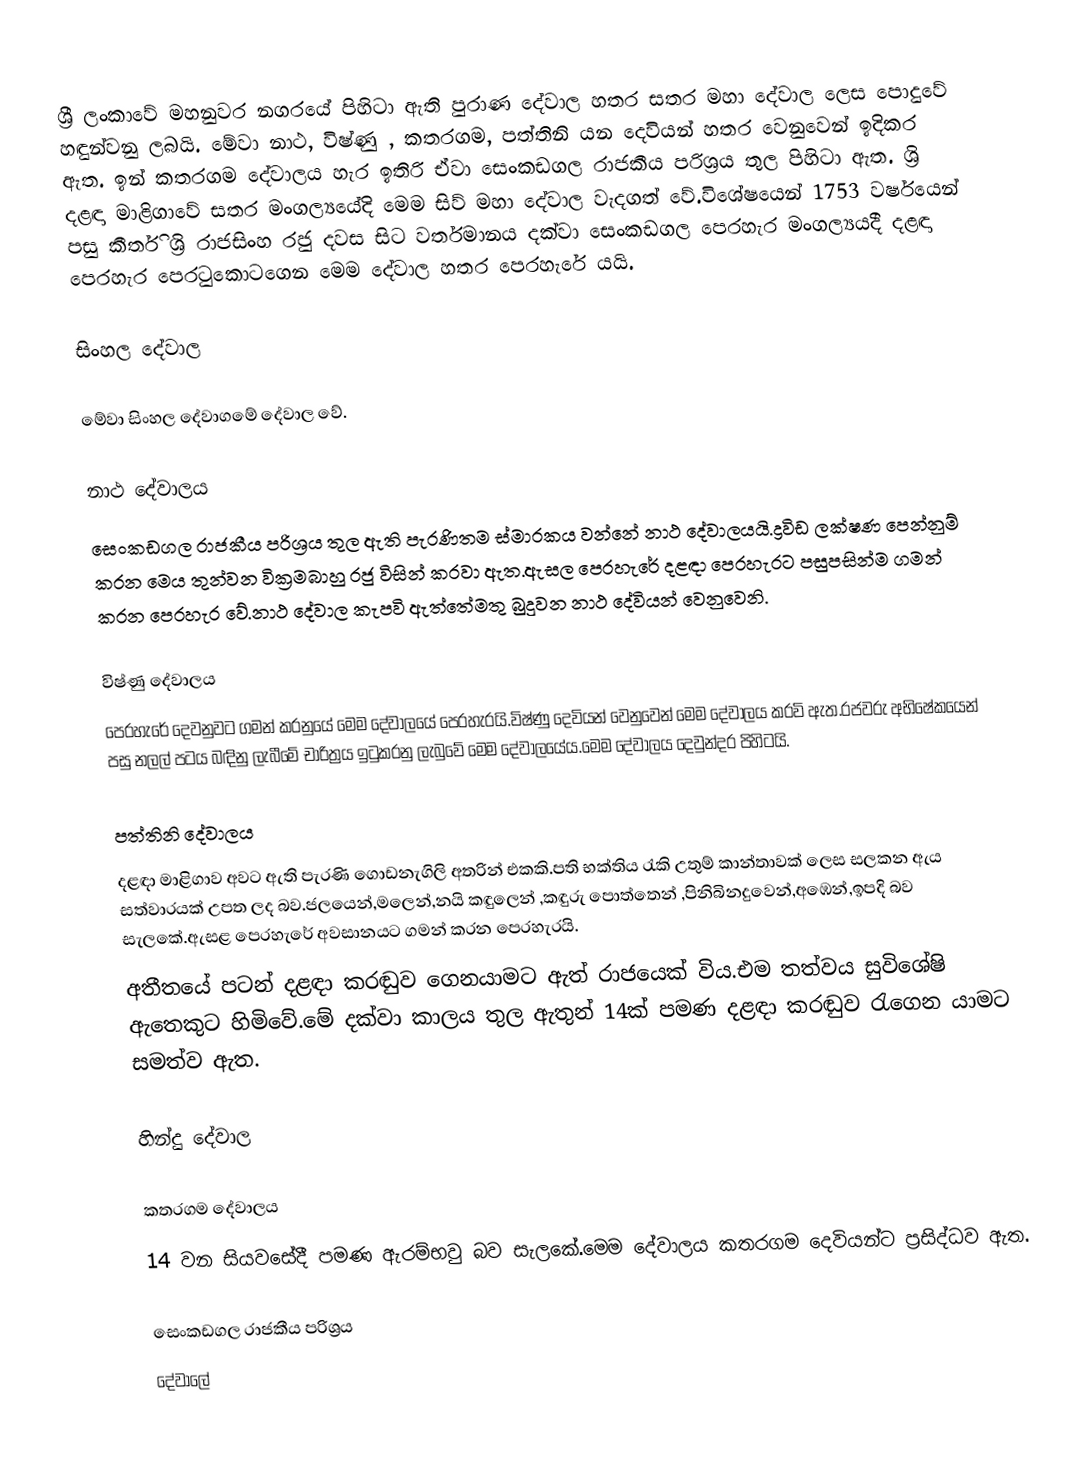
ශ්‍රී ලංකාවේ මහනුවර නගරයේ පිහිටා ඇති පුරාණ දේවාල හතර සතර මහා දේවාල ලෙස පොදුවේ හඳුන්වනු ලබයි. මේවා නාථ,  විෂ්ණු , කතරගම, පත්තිනි යන දෙවියන් හතර වෙනුවෙන් ඉදිකර ඇත. ඉන් කතරගම දේවාලය හැර ඉතිරි ඒවා සෙංකඩගල රාජකීය පරිශ්‍රය තුල පිහිටා ඇත.  ශ්‍රි දළඳා මාළිගාවේ සතර මංගල්‍යයේදි මෙම සිව් මහා දේවාල වැදගත් වේ.විශේෂයෙන් 1753 වර්ෂයෙන් පසු කීර්ති ශ්‍රි රාජසිංහ රජු දවස සිට වර්තමානය  දක්වා සෙංකඩගල පෙරහැර මංගල්‍යයදී දළඳා   පෙරහැර පෙරටුකොටගෙන මෙම දේවාල හතර පෙරහැරේ යයි.

සිංහල දේවාල

මේවා සිංහල දේවාගමේ දේවාල වේ.

නාථ දේවාලය
සෙංකඩගල රාජකීය පරිශ්‍රය තුල ඇති පැරණිතම ස්මාරකය වන්නේ නාථ දේවාලයයි.ද්‍රවිඩ ලක්ෂණ පෙන්නුම් කරන මෙය තුන්වන වික්‍රමබාහු රජු විසින් කරවා ඇත.ඇසල පෙරහැරේ  දළඳා පෙරහැරට පසුපසින්ම ගමන් කරන පෙරහැර වේ.නාථ දේවාල කැපවි ඇත්තේමතු බුදුවන නාථ දේවියන් වෙනුවෙනි.

විෂ්ණු දේවාලය
පෙරහැරේ දෙවනුවට ගමන් කරනුයේ මෙම දේවාලයේ පෙරහැරයි.විෂ්ණු දෙවියන් වෙනුවෙන් මෙම  දේවාලය කරවි ඇත.රජවරු අභිෂේකයෙන් පසු නලල් පටය බඳිනු ලැබීමේ චාරිත්‍රය ඉටුකරනු  ලැබුවේ මෙම දේවාලයේය.මෙම දේවාලය දෙවුන්දර පිහිටයි.

පත්තිනි දේවාලය
දළඳා මාළිගාව අවට ඇති පැරණි ගොඩනැගිලි අතරින් එකකි.පති භක්තිය රැකි උතුම් කාන්තාවක් ලෙස සලකන ඇය සත්වාරයක් උපත ලද බව.ජලයෙන්,මලෙන්,නයි කඳුලෙන් ,කඳුරු පොත්තෙන් ,පිනිබිනදුවෙන්,අඹෙන්,ඉපදි බව සැලකේ.ඇසළ පෙරහැරේ අවසානයට ගමන් කරන පෙරහැරයි.
අතීතයේ පටන් දළඳා කරඬුව ගෙනයාමට ඇත් රාජයෙක් විය.එම තත්වය සුවිශේෂි ඇතෙකුට හිමිවේ.මේ දක්වා කාලය තුල ඇතුන් 14ක් පමණ දළඳා කරඬුව රැගෙන යාමට සමත්ව ඇත.

හින්දු දේවාල

කතරගම දේවාලය
14 වන සියවසේදී පමණ ඇරම්භවු බව සැලකේ.මෙම දේවාලය කතරගම දෙවියන්ට ප්‍රසිද්ධව ඇත.

සෙංකඩගල රාජකීය පරිශ්‍රය
දේවාලේ